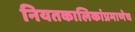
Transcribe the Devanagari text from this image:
नियतकालिकांप्रमाणेच